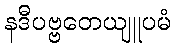
နဒီပဗ္ဗတေယျူပမံ